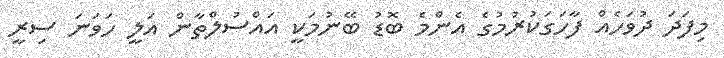
މިފަދަ ދުވަހެއް ފާހަގަކުރުމުގެ އެންމެ ބޮޑު ބޭނުމަކީ އައްސުލްތާން އަލީ ހަވަނަ ސިރީ